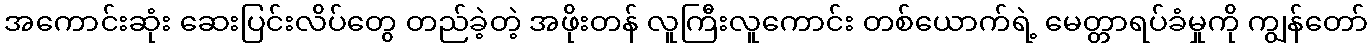
အကောင်းဆုံး ဆေးပြင်းလိပ်တွေ တည်ခဲ့တဲ့ အဖိုးတန် လူကြီးလူကောင်း တစ်ယောက်ရဲ့ မေတ္တာရပ်ခံမှုကို ကျွန်တော်